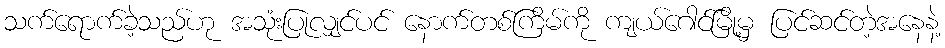
သက်ရောက်ခဲ့သည်ဟု အသုံးပြုလျှင်ပင် နောက်တစ်ကြိမ်ကို ကျယ်ဂေါင်မြို့မှ ပြင်ဆင်တဲ့အနေနဲ့